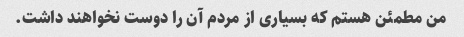
من مطمئن هستم که بسیاری از مردم آن را دوست نخواهند داشت.